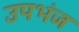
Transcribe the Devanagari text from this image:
उपभंज